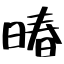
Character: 暙